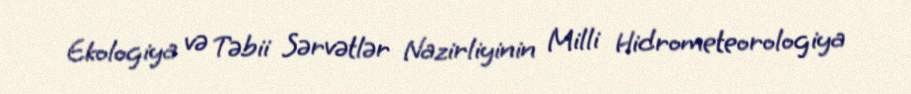
Ekologiya və Təbii Sərvətlər Nazirliyinin Milli Hidrometeorologiya